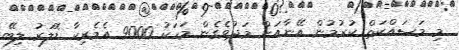
މި މަސައްކަތް ކުރުމުން އޭނާއަށް މަދުވެގެން މަހަކު 9000 އެމެރިކާ ޑޮލަރު ލިބޭ